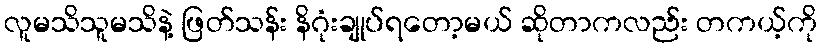
လူမသိသူမသိနဲ့ ဖြတ်သန်း နိဂုံးချုပ်ရတော့မယ် ဆိုတာကလည်း တကယ့်ကို